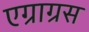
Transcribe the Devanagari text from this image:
एग्राग्रस